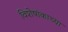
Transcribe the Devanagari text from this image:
विशेषांकाच्या